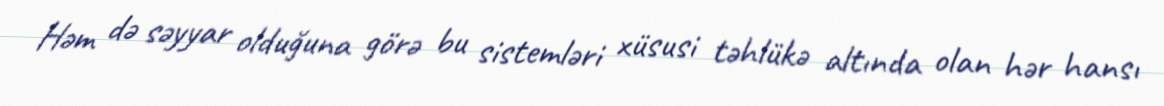
Həm də səyyar olduğuna görə bu sistemləri xüsusi təhlükə altında olan hər hansı